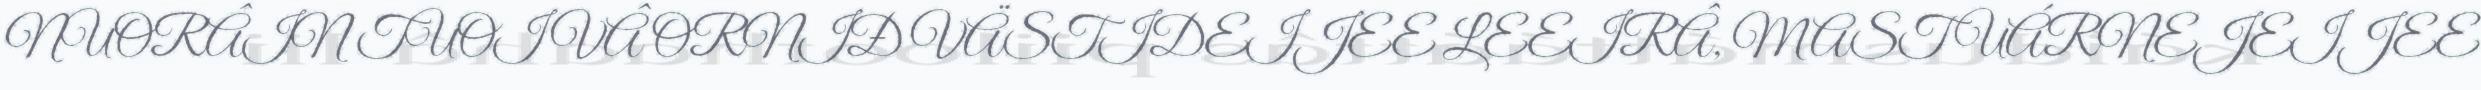
NUORÂIN TUOIVÂ ORNIĐ VÄSTIDEIJEE LEEIRÂ, MAST UÁRNEJEIJEE